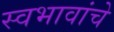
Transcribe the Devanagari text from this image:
स्वभावांचे